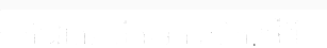
ក៏ដោយ បើតាមការសិក្សាថ្មីពី